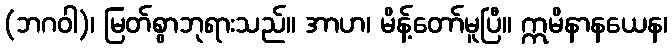
(ဘဂဝါ)၊ မြတ်စွာဘုရားသည်။ အာဟ၊ မိန့်တော်မူပြီ။ ဣမိနာနယေန၊